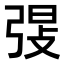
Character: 𫸸